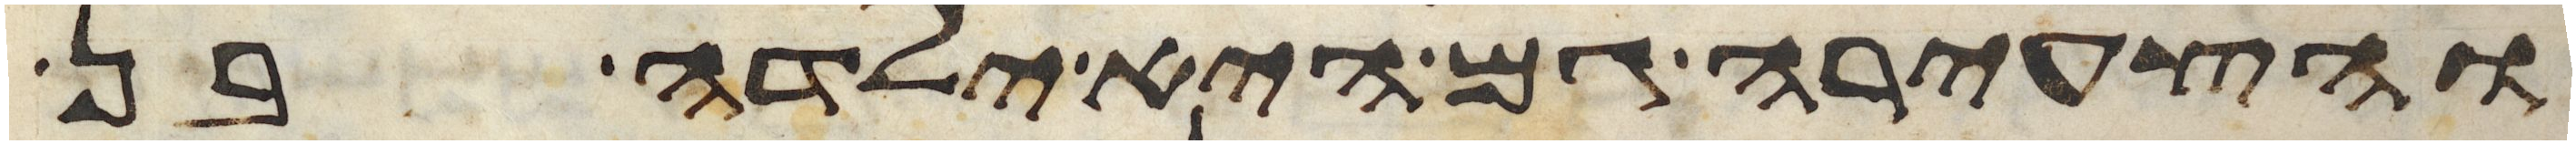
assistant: והצעירה גם היא ילדה בן